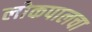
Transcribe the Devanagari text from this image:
लोकपालचा